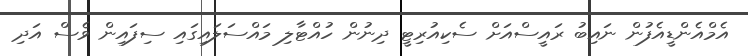
އެމްއެންޑީއެފުން ނައިބު ރައީސްއަށް ސެކިއުރިޓީ ދިނުން ހުއްޓާލި މައްސަލައިގައި ސިފައިން ވެސް އަދި